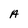
Character: A